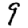
Digit: 9